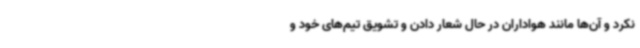
نکرد و آن‌ها مانند هواداران در حال شعار دادن و تشویق تیم‌های خود و